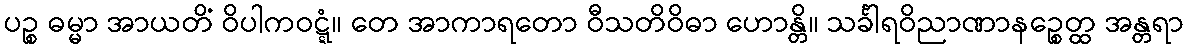
ပဉ္စ ဓမ္မာ အာယတိံ ဝိပါကဝဋ္ဋံ။ တေ အာကာရတော ဝီသတိဝိဓာ ဟောန္တိ။ သင်္ခါရဝိညာဏာနဉ္စေတ္ထ အန္တရာ